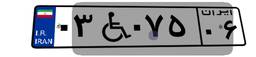
۰۳W۰۷۵۰۶